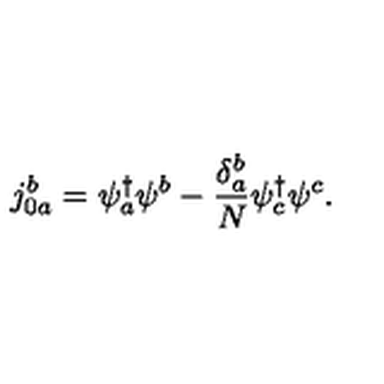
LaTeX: j _ { 0 a } ^ { b } = \psi _ { a } ^ { \dagger } \psi ^ { b } - \frac { \delta _ { a } ^ { b } } { N } \psi _ { c } ^ { \dagger } \psi ^ { c } .